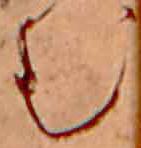
む